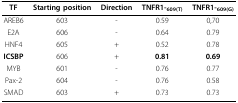
<table><thead><tr><td><b>TF</b></td><td><b>Starting position</b></td><td><b>Direction</b></td><td><b>TNFR1-<sub>609(T)</sub></b></td><td><b>TNFR1-<sub>609(G)</sub></b></td></tr></thead><tbody><tr><td>AREB6</td><td>603</td><td>-</td><td>0.59</td><td>0,70</td></tr><tr><td>E2A</td><td>606</td><td>-</td><td>0.64</td><td>0.79</td></tr><tr><td>HNF4</td><td>605</td><td>+</td><td>0.52</td><td>0.78</td></tr><tr><td><b>ICSBP</b></td><td>606</td><td>+</td><td><b>0.81</b></td><td><b>0.69</b></td></tr><tr><td>MYB</td><td>601</td><td>-</td><td>0.76</td><td>0.77</td></tr><tr><td>Pax-2</td><td>604</td><td>-</td><td>0.76</td><td>0.58</td></tr><tr><td>SMAD</td><td>603</td><td>+</td><td>0.73</td><td>0.73</td></tr></tbody></table>